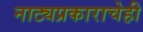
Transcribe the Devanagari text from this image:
नाट्यप्रकाराचेही